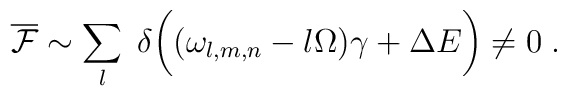
\overline{\cal F}\sim \sum_l\;  \delta \biggl( (\omega_{l,m,n} -l\Omega)\gamma +\Delta E\biggr)\neq 0 \; .